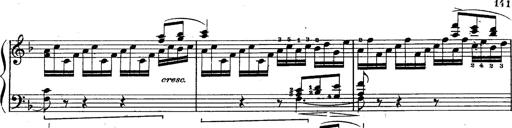
Title: Schubert's Impromptus [revised and edited by Franz Liszt]
Composer: Franz Liszt